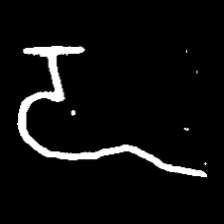
Pyu character \u2014 Myanmar letter: ဍ (romanized: dda)